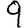
Digit: 9